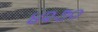
૪૨૭૦